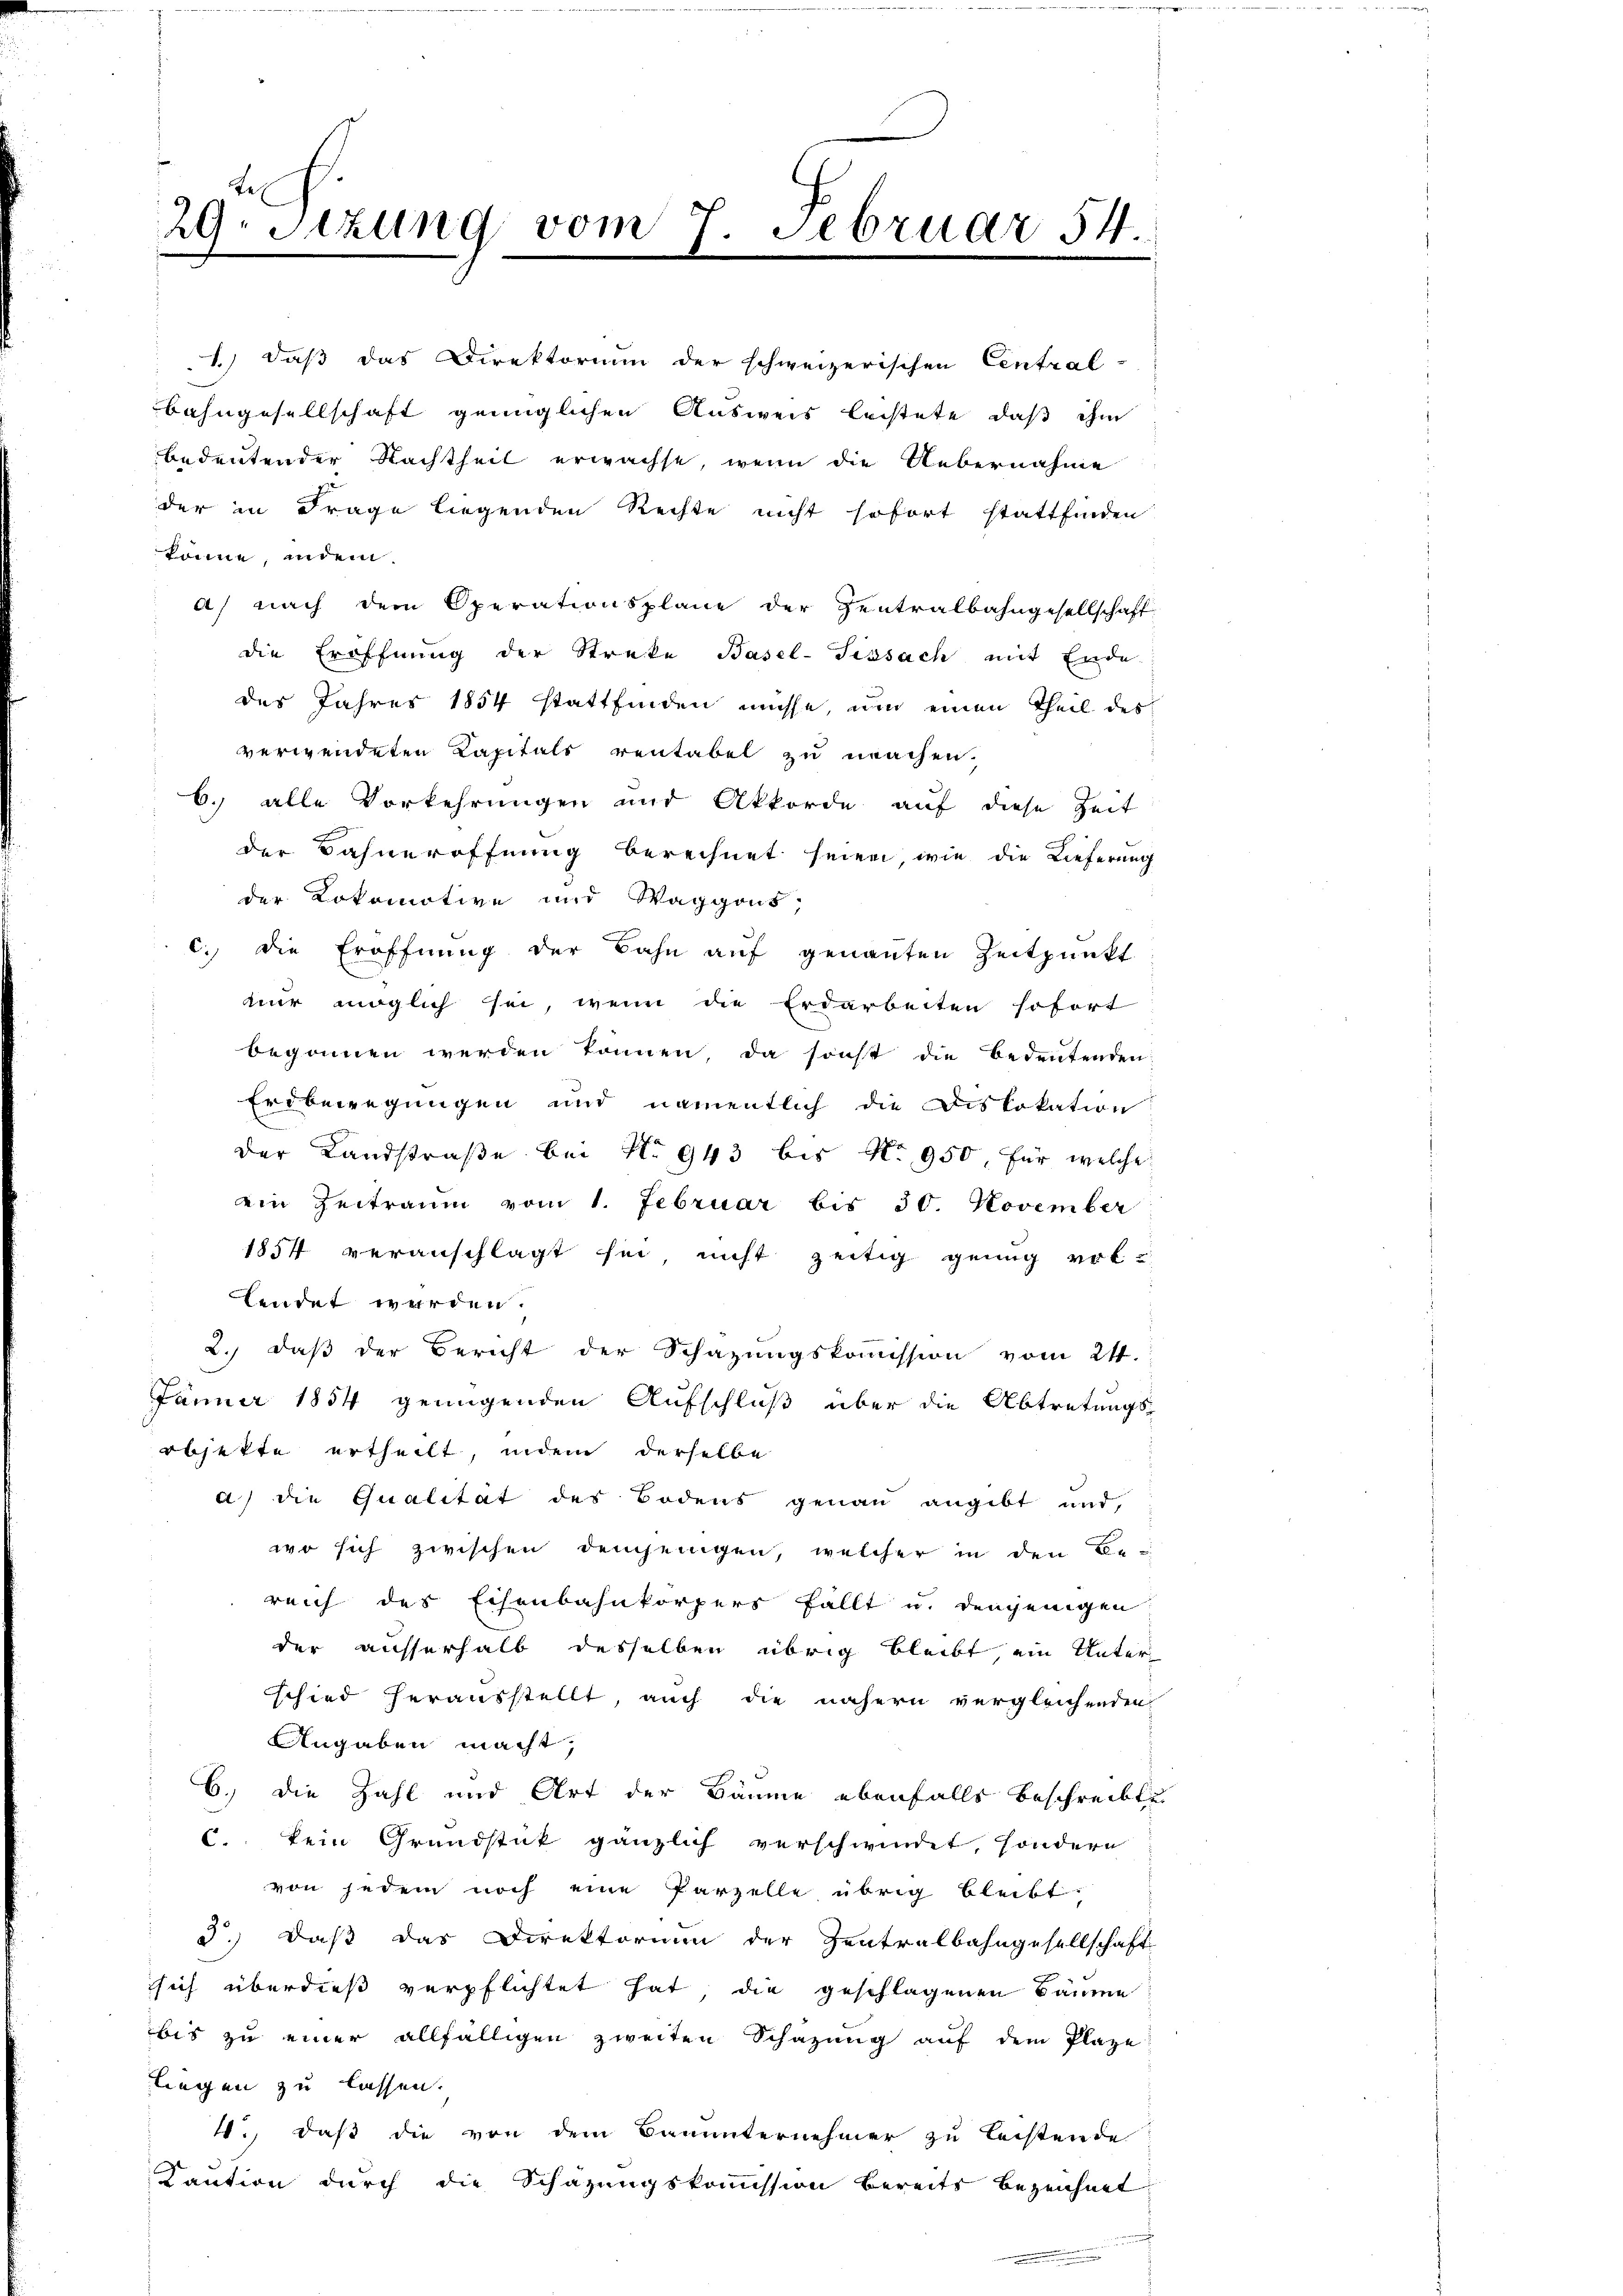
29. Sitzung vom 7. Februar 54.

1) daß das Direktorium der schweizerischen Central-
Bahngesellschaft genüglichen Ausweis leistete, daß ihm
bedeutender Nachtheil erwachse, wenn die Uebernahme
der in Frage liegenden Rechte nicht sofort stattfinden
könne, indem.
a) nach dem Operationsplane der Zentralbahngesellschaft
die Eröffnung der Streke Basel-Sissach mit Ende.
des Jahres 1854 stattfinden müsse, um einen Theil des
verwendeten Kapitals rentabel zu machen.
6. alle Vorkehrungen und Akkorde auf diese Zeit
der Bahneröffnung berechnet seien, wie die Lieferung
der Lokomotive und Waggons,
c. die Eröffnung der Bahn auf genannten Zeitpunkt
nur möglich sei, wenn die Erdarbeiten sofort
begonnen werden können, da sonst die Bedeutenden:
Erdbewegungen und namentlich die Diskokation
der Landstraße bei No 943 bis No 950. für welche
ein Zeitraum vom 1. Februar bis 30. November
1854 veranschlagt sei, nicht zeitig genug ert
lendet werden.
2.) daß der Bericht der Schazungskommission vom 21.
Jänner 1854 genügenden Aufschluß über die Abtretungs-
objekte ertheilt, indem derselbe
a) die Qualität des Bodens genau angibt und,
wo sich zwischen demjenigen, welcher in den Be
reich des Eisenbahnkörpers fällt u. denjenigen
der ausserhalb desselben übrig bleibt, ein Unter
schied herausstellt, auch die nähern vergleichenden
Angaben macht,
6.) Die Zahl und Art der Bäume ebenfalls beschreibte
C. kein Grundstük gänzlich verschwindet, sondern
von jedem noch eine Parzelle übrig bleibt:
3.) Daß das Direktorium der Zentralbahngesellschaft
sich überdieß verpflichtet hat, die geschlagenen Bäume
bis zu einer allfälligen zweiten Schazung aŭf dem Plaze
liegen zu lassen.
4., daß die von dem Bauunternehmer zu leistende
Kaution durch die Schazungskommission bereits bezeichnet